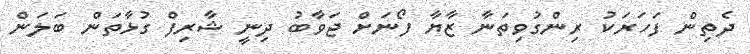
ދެތިން ފަހަރަކު ރިންގުވިތަނާ ޒާޔާ ފޯނަށް ޖަވާބު ދިނީ ޝާރިފް ގުޅާތަން ބަލަން